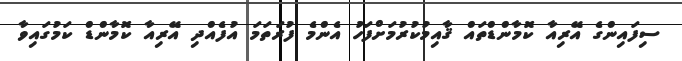
ސިފައިންގެ އޭރިއާ ކޮމާންޑްތައް ޤާއިމުކުރުމަށްފަހު އެންމެ ފުރަތަމަ އުފެއްދި އޭރިއާ ކޮމާންޑް ކަމުގައިވާ